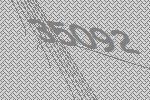
35092